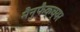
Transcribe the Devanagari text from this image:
मैनुफैक्च्यर